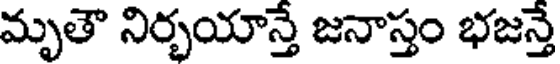
మృతౌ నిర్భయాన్తే జనాస్తం భజన్తే